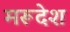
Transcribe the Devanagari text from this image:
मरूदेश